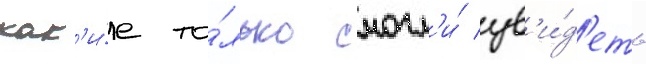
как'и́е то́лько смогл'и́ ув'и́д'еть